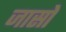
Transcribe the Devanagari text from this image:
जासो